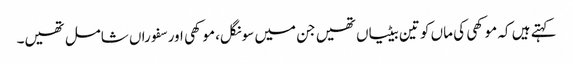
کہتے ہیں کہ موکھی کی ماں کو تین بیٹیاں تھیں جن میں سونگل، موکھی اور سفوراں شامل تھیں۔